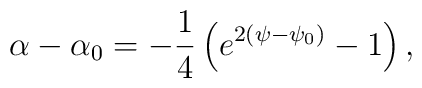
\alpha - \alpha_0 =  - \frac{1}{4} \left( e^{2(\psi - \psi_0)} -1\right) ,